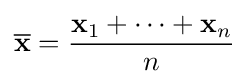
{\overline {\mathbf {x} }}={\frac {\mathbf {x} _{1}+\cdots +\mathbf {x} _{n}}{n}}